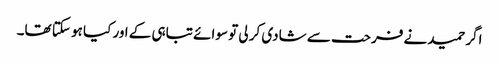
اگر حمید نے فرحت سے شادی کر لی تو سوائے تباہی کے اور کیا ہو سکتا تھا۔